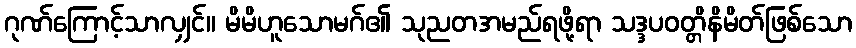
ဂုဏ်ကြောင့်သာလျှင်။ မိမိဟူသောမဂ်၏ သုညတအမည်ရဖို့ရာ သဒ္ဒပဝတ္တိနိမိတ်ဖြစ်သော